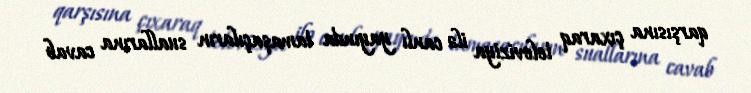
qarşısına çıxaraq televiziya ilə canlı yayında tamaşaçıların suallarına cavab